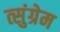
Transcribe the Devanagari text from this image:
त्सुंग्रेम